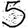
Digit: 5